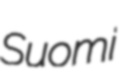
Suomi